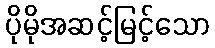
ပိုမိုအဆင့်မြင့်သော